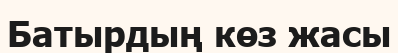
Батырдың көз жасы